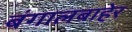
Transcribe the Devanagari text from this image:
बंगालबाहेर